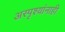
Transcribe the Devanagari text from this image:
अस्पृश्यांनाही